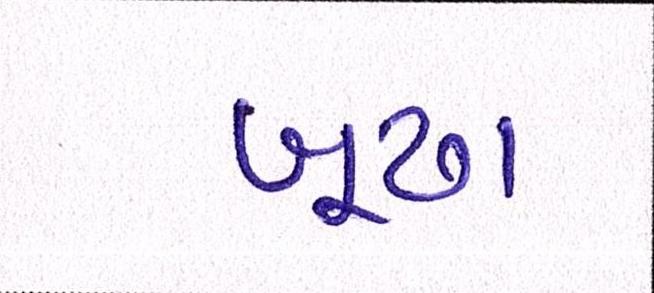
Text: બૂઢા